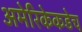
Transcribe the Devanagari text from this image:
अमेरिकेकडेच